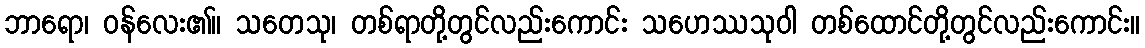
ဘာရော၊ ဝန်လေး၏။ သတေသု၊ တစ်ရာတို့တွင်လည်းကောင်း သဟေဿသုဝါ တစ်ထောင်တို့တွင်လည်းကောင်း။